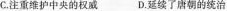
C.注重维护中央的权威D.延续了唐朝的统治